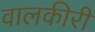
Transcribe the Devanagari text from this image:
वालकीरी